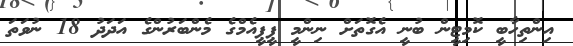
އިންތިހާބީ ކޮމިޓީން ބުނީ އެގޮތަށް ނިންމީ ޕީޕީއެމްގެ މެންބަރުންގެ އަދަދު 18 ނުވަތަ